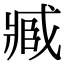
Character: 𮍐